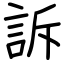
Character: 訴